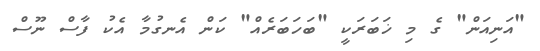
"އަނިއަން" ގެ މި ޚަބަރަކީ "ބަހަބަރެއް" ކަން އެނގުމާ އެކު ފާސް ނޫސް